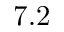
7 . 2